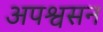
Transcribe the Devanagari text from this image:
अपश्वसन